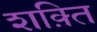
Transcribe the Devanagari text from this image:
शक़्ति